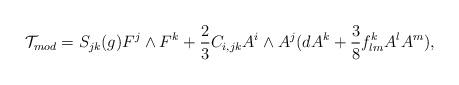
LaTeX: \begin{align*}{\cal T}_{mod}=S_{jk}(g){F}^j\wedge{F}^k+\frac{2}{3}C_{i,jk}A^i\wedge A^j(dA^k+\frac{3}{8}f^k_{lm}A^lA^m), \end{align*}